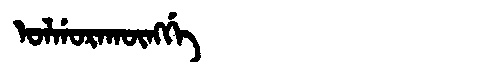
Manchu: ᠣᠯᡤᠣᡵᠠᡴᡡᠩᡤᡝ
Romanization: OLGORAKŪNGGE